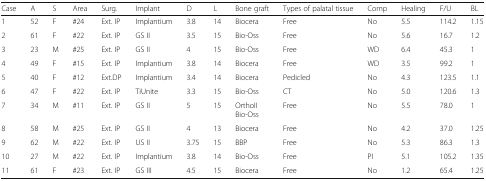
<table><thead><tr><td><b>Case</b></td><td><b>A</b></td><td><b>S</b></td><td><b>Area</b></td><td><b>Surg.</b></td><td><b>Implant</b></td><td><b>D</b></td><td><b>L</b></td><td><b>Bone graft</b></td><td><b>Types of palatal tissue</b></td><td><b>Comp</b></td><td><b>Healing</b></td><td><b>F/U</b></td><td><b>BL</b></td></tr></thead><tbody><tr><td>1</td><td>52</td><td>F</td><td>#24</td><td>Ext. IP</td><td>Implantium</td><td>3.8</td><td>14</td><td>Biocera</td><td>Free</td><td>No</td><td>5.5</td><td>114.2</td><td>1.15</td></tr><tr><td>2</td><td>61</td><td>F</td><td>#22</td><td>Ext. IP</td><td>GS II</td><td>3.5</td><td>15</td><td>Bio-Oss</td><td>Free</td><td>No</td><td>5.6</td><td>16.7</td><td>1.2</td></tr><tr><td>3</td><td>23</td><td>M</td><td>#25</td><td>Ext. IP</td><td>GS II</td><td>4</td><td>15</td><td>Bio-Oss</td><td>Free</td><td>WD</td><td>6.4</td><td>45.3</td><td>1</td></tr><tr><td>4</td><td>49</td><td>F</td><td>#15</td><td>Ext. IP</td><td>Implantium</td><td>3.8</td><td>14</td><td>Biocera</td><td>Free</td><td>WD</td><td>3.5</td><td>99.2</td><td>1</td></tr><tr><td>5</td><td>40</td><td>F</td><td>#12</td><td>Ext.DP</td><td>Implantium</td><td>3.4</td><td>14</td><td>Biocera</td><td>Pedicled</td><td>No</td><td>4.3</td><td>123.5</td><td>1.1</td></tr><tr><td>6</td><td>47</td><td>F</td><td>#22</td><td>Ext. IP</td><td>TiUnite</td><td>3.3</td><td>15</td><td>Bio-Oss</td><td>CT</td><td>No</td><td>5.0</td><td>120.6</td><td>1.3</td></tr><tr><td>7</td><td>34</td><td>M</td><td>#11</td><td>Ext. IP</td><td>GS II</td><td>5</td><td>15</td><td>OrthoIIBio-Oss</td><td>Free</td><td>No</td><td>5.5</td><td>78.0</td><td>1</td></tr><tr><td>8</td><td>58</td><td>M</td><td>#25</td><td>Ext. IP</td><td>GS II</td><td>4</td><td>13</td><td>Biocera</td><td>Free</td><td>No</td><td>4.2</td><td>37.0</td><td>1.25</td></tr><tr><td>9</td><td>62</td><td>M</td><td>#22</td><td>Ext. IP</td><td>US II</td><td>3.75</td><td>15</td><td>BBP</td><td>Free</td><td>No</td><td>5.3</td><td>86.3</td><td>1.3</td></tr><tr><td>10</td><td>27</td><td>M</td><td>#22</td><td>Ext. IP</td><td>Implantium</td><td>3.8</td><td>14</td><td>Bio-Oss</td><td>Free</td><td>PI</td><td>5.1</td><td>105.2</td><td>1.35</td></tr><tr><td>11</td><td>61</td><td>F</td><td>#23</td><td>Ext. IP</td><td>GS III</td><td>4.5</td><td>15</td><td>Biocera</td><td>Free</td><td>No</td><td>1.2</td><td>65.4</td><td>1.25</td></tr></tbody></table>